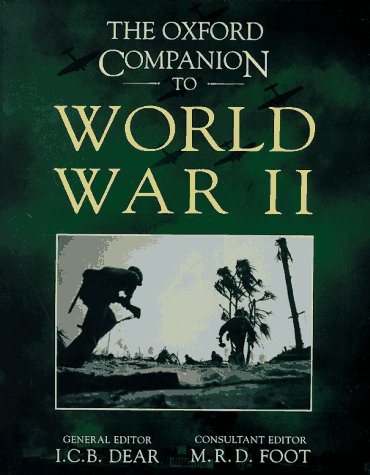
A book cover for The Oxford Companion to World War II; Reference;